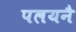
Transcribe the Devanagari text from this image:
पलयनै